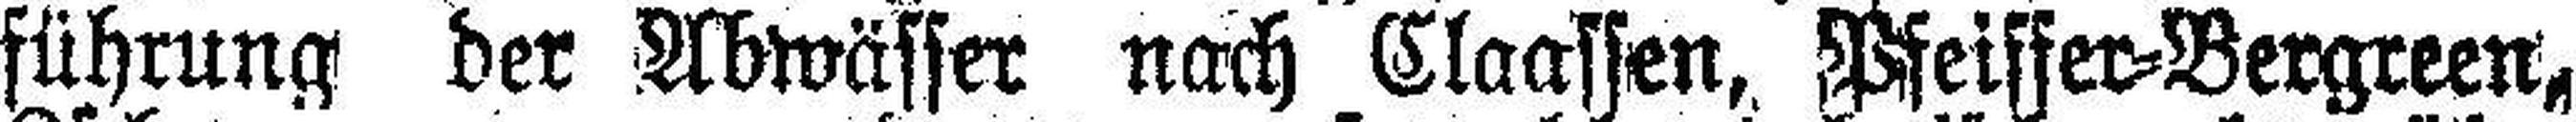
führung der Abwässer nach Claassen, Pfeiffer-Bergreen,